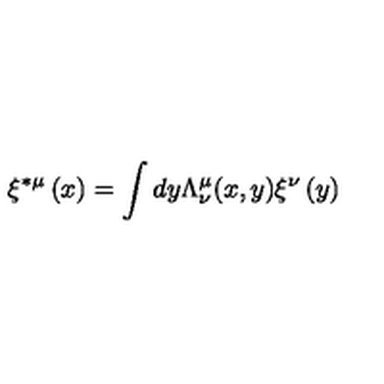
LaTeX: \xi ^ { * \mu } \left( x \right) = \int d y \Lambda _ { \nu } ^ { \mu } ( x , y ) \xi ^ { \nu } \left( y \right)